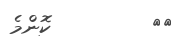
٥٧         ކޮންމެ